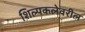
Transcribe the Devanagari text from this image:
शिल्पकलेवरील